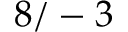
8 / - 3